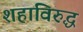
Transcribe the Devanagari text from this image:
शहाविरुद्ध